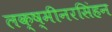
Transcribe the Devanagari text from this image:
लक्ष्मीनरसिंहन